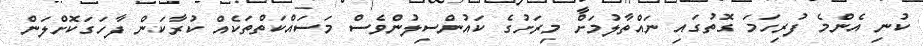
ކުނި އެންމެ ފުރިހަމަ ގޮތުގައި ނައްތާލުމަށް މިރަށުގެ ކައުންސިލުންވެސް މަސައްކަތްތަކެއް ކުރާކަން ފާހަގަކޮށްލަން